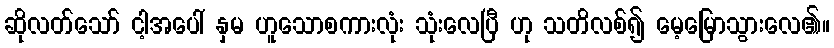
ဆိုလတ်သော် ငါ့အပေါ် နှမ ဟူသောစကားလုံး သုံးလေပြီ ဟု သတိလစ်၍ မေ့မြောသွားလေ၏။